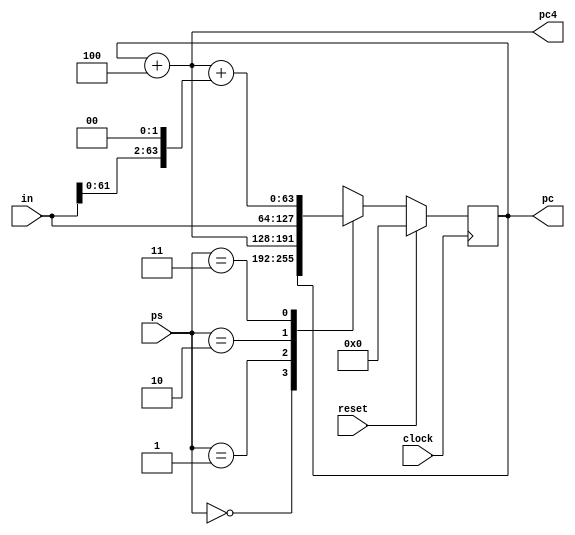
module program_counter(ps, in, pc, pc4, reset, clock);
    // PS
    // 00 PC <- PC
    // 01 PC <- PC + 4
    // 10 PC <- in
    // 11 PC <- PC + 4 + in*4

    input [63:0] in;
    input [1:0] ps;
    input clock, reset;

    output reg [63:0] pc;
    output [63:0] pc4;

    assign pc4 = pc + 64'd4;

    initial begin
        pc <= 64'd0;
    end

    always @ (posedge clock) begin
        if (reset) begin
            pc <= 63'd0;
        end else begin
            case (ps)
                2'b00: pc <= pc;
                2'b01: pc <= pc + 64'd4;
                2'b10: pc <= in;
                2'b11: pc <= pc + 64'd4 + (in << 2);
            endcase
        end
    end
endmodule